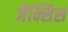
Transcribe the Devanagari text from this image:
जैन्सिस